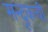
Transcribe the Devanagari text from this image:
सन्दूकची